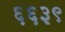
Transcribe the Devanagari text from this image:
६६३९